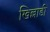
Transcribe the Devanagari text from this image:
खिल्लाडी